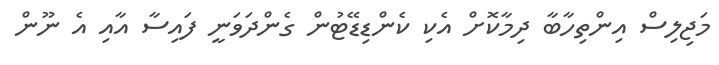
މަޖިލިސް އިންތިހާބާ ދިމާކޮށް އެކި ކެންޑިޑޭޓުން ގެންދަވަނީ ފައިސާ އާއި އެ ނޫން